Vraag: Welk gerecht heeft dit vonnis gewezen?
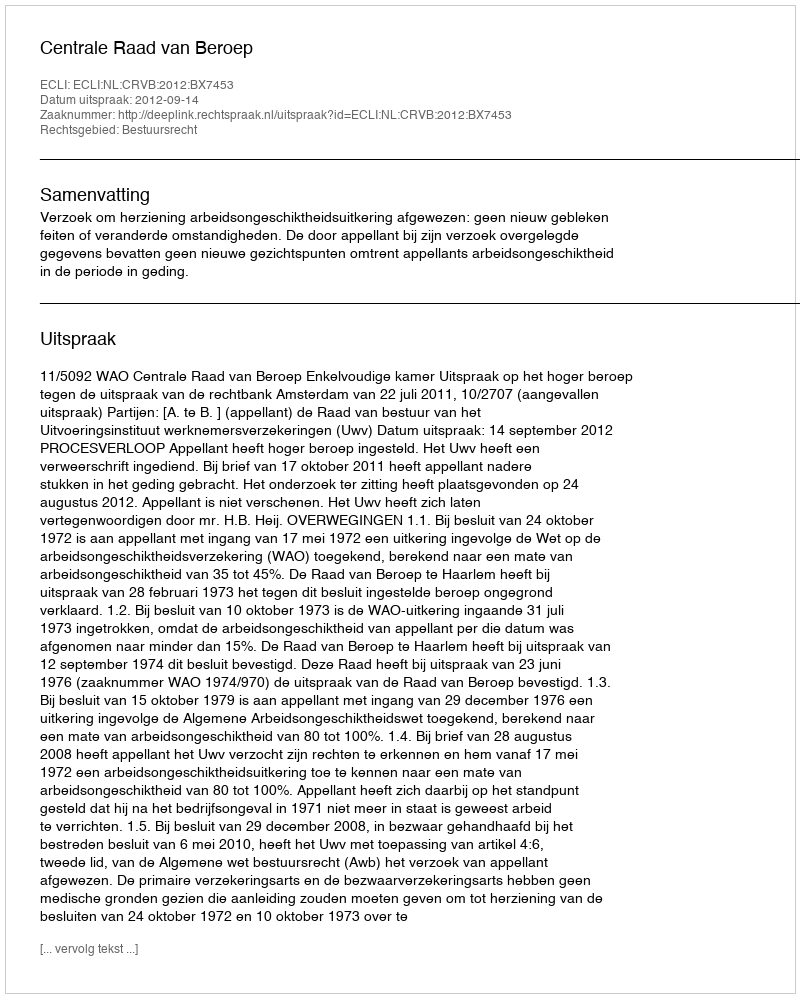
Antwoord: Centrale Raad van Beroep